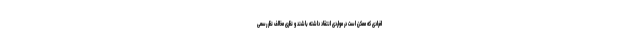
افرادی که ممکن است در مواردی انتقاد داشته باشند و نظری مخالف نظر رسمی